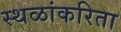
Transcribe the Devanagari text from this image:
स्थळांकरिता